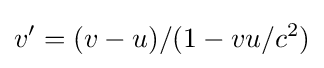
v^{\prime }=(v-u)/(1-{vu}/{c^{2}})